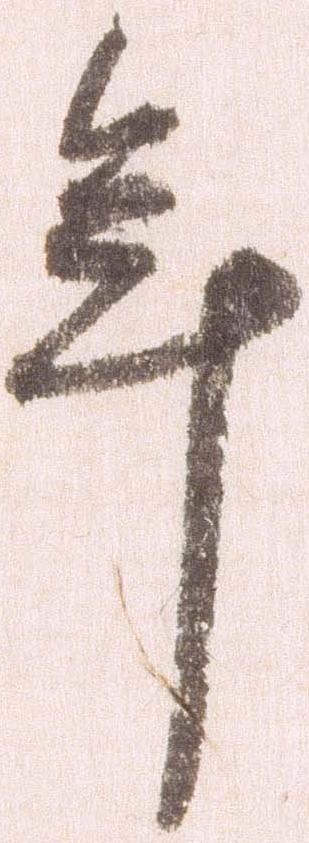
年